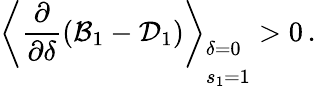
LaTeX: \left\langle\frac{\partial}{\partial\delta}(\mathcal{B}_{1}-\mathcal{D}_{1})\right\rangle_{\begin{array}{l}{\delta=0}\\ {s_{1}=1}\end{array}}>0\, .